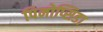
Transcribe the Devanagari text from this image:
पिनोप्सिडा